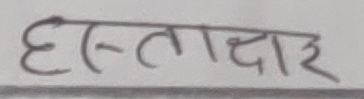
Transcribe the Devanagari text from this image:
हस्ताक्षर